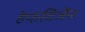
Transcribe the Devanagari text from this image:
हेफविजेंन